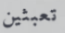
تعبثين